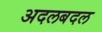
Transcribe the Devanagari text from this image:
अदलबदल